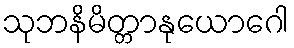
သုဘနိမိတ္တာနုယောဂေါ